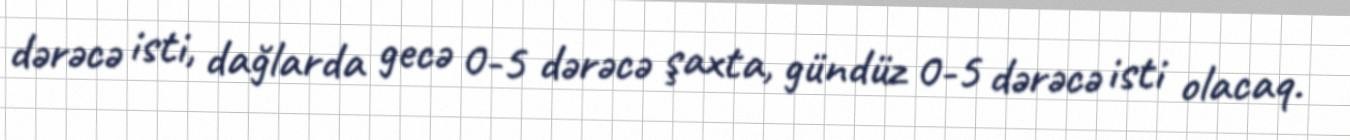
dərəcə isti, dağlarda gecə 0-5 dərəcə şaxta, gündüz 0-5 dərəcə isti olacaq.